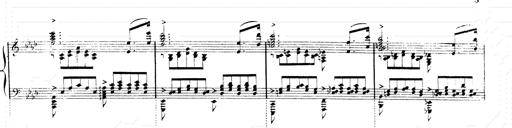
Title: 2 Transcriptions d'aprÃ¨s Rossini
Composer: Franz Liszt